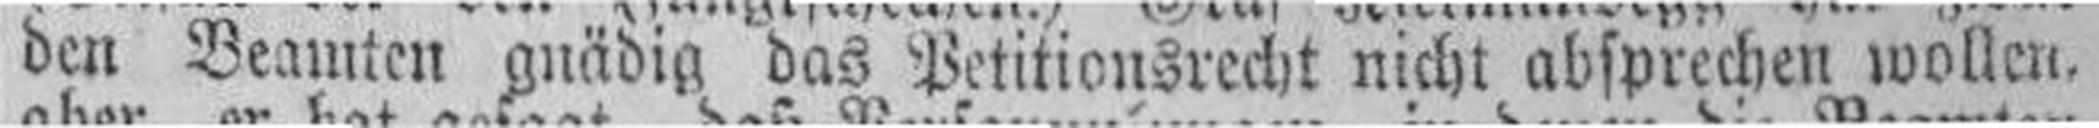
den Beamten gnädig das Petitionsrecht nicht absprechen wollen.